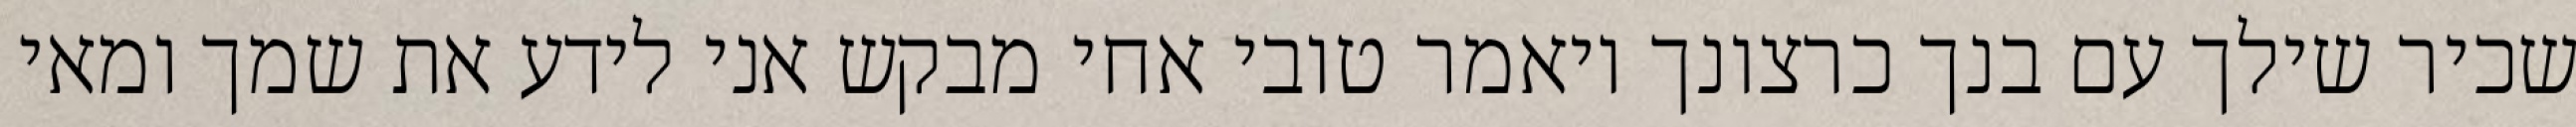
שכיר שילך עם בנך כרצונך ויאמר טובי אחי מבקש אני לידע את שמך ומאי